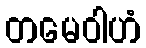
တမေဝါဟံ